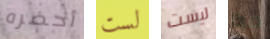
أحضره لست ليست مرة